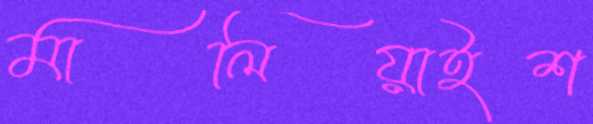
মালিয়াইশ